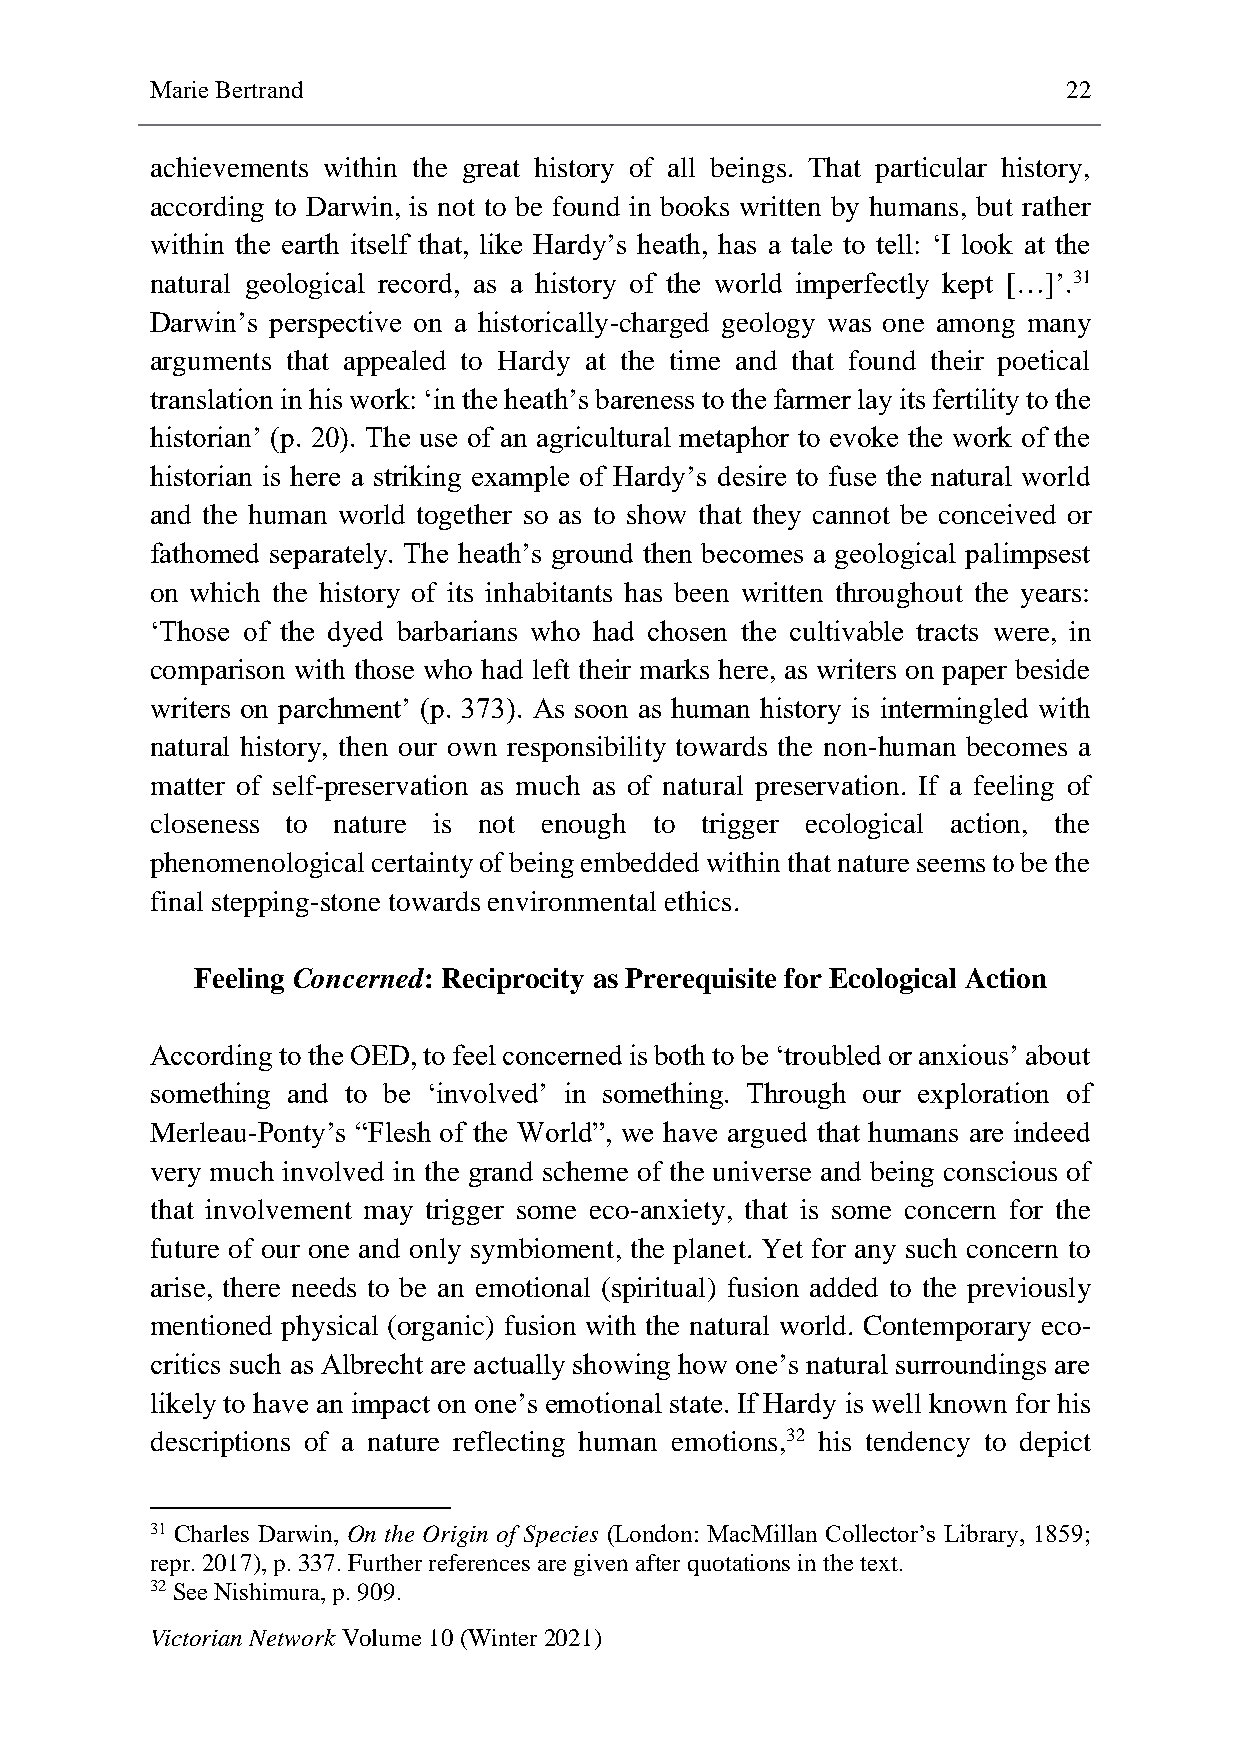
Marie Bertrand                                               22
 achievements within the great history of all beings. That particular history,
 according to Darwin, is not to be found in books written by humans, but rather
 within the earth itself that, like Hardy’s heath, has a tale to tell: ‘I look at the
 natural geological record, as a history of the world imperfectly kept […]’.31
 Darwin’s perspective on a historically-charged geology was one among many
 arguments that appealed to Hardy at the time and that found their poetical
 translation in his work: ‘in the heath’s bareness to the farmer lay its fertility to the
 historian’ (p. 20). The use of an agricultural metaphor to evoke the work of the
 historian is here a striking example of Hardy’s desire to fuse the natural world
 and the human world together so as to show that they cannot be conceived or
 fathomed separately. The heath’s ground then becomes a geological palimpsest
 on which the history of its inhabitants has been written throughout the years:
 ‘Those of the dyed barbarians who had chosen the cultivable tracts were, in
 comparison with those who had left their marks here, as writers on paper beside
 writers on parchment’ (p. 373). As soon as human history is intermingled with
 natural history, then our own responsibility towards the non-human becomes a
 matter of self-preservation as much as of natural preservation. If a feeling of
 closeness to nature is not enough to trigger ecological action, the
 phenomenological certainty of being embedded within that nature seems to be the
 final stepping-stone towards environmental ethics.
 Feeling Concerned: Reciprocity as Prerequisite for Ecological Action
 According to the OED, to feel concerned is both to be ‘troubled or anxious’ about
 something and to be ‘involved’ in something. Through our exploration of
 Merleau-Ponty’s “Flesh of the World”, we have argued that humans are indeed
 very much involved in the grand scheme of the universe and being conscious of
 that involvement may trigger some eco-anxiety, that is some concern for the
 future of our one and only symbioment, the planet. Yet for any such concern to
 arise, there needs to be an emotional (spiritual) fusion added to the previously
 mentioned physical (organic) fusion with the natural world. Contemporary eco-
 critics such as Albrecht are actually showing how one’s natural surroundings are
 likely to have an impact on one’s emotional state. If Hardy is well known for his
 descriptions of a nature reflecting human emotions,32 his tendency to depict
 31 Charles Darwin, On the Origin of Species (London: MacMillan Collector’s Library, 1859;
 repr. 2017), p. 337. Further references are given after quotations in the text.
 32 See Nishimura, p. 909.
 Victorian Network Volume 10 (Winter 2021)